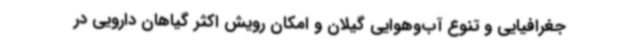
جغرافیایی و تنوع آب‌وهوایی گیلان و امکان رویش اکثر گیاهان دارویی در